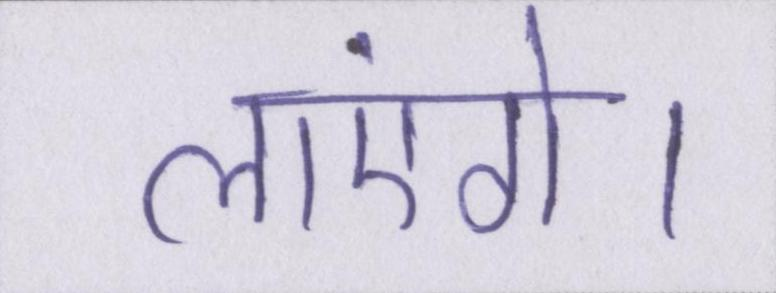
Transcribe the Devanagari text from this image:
लाएंगे।